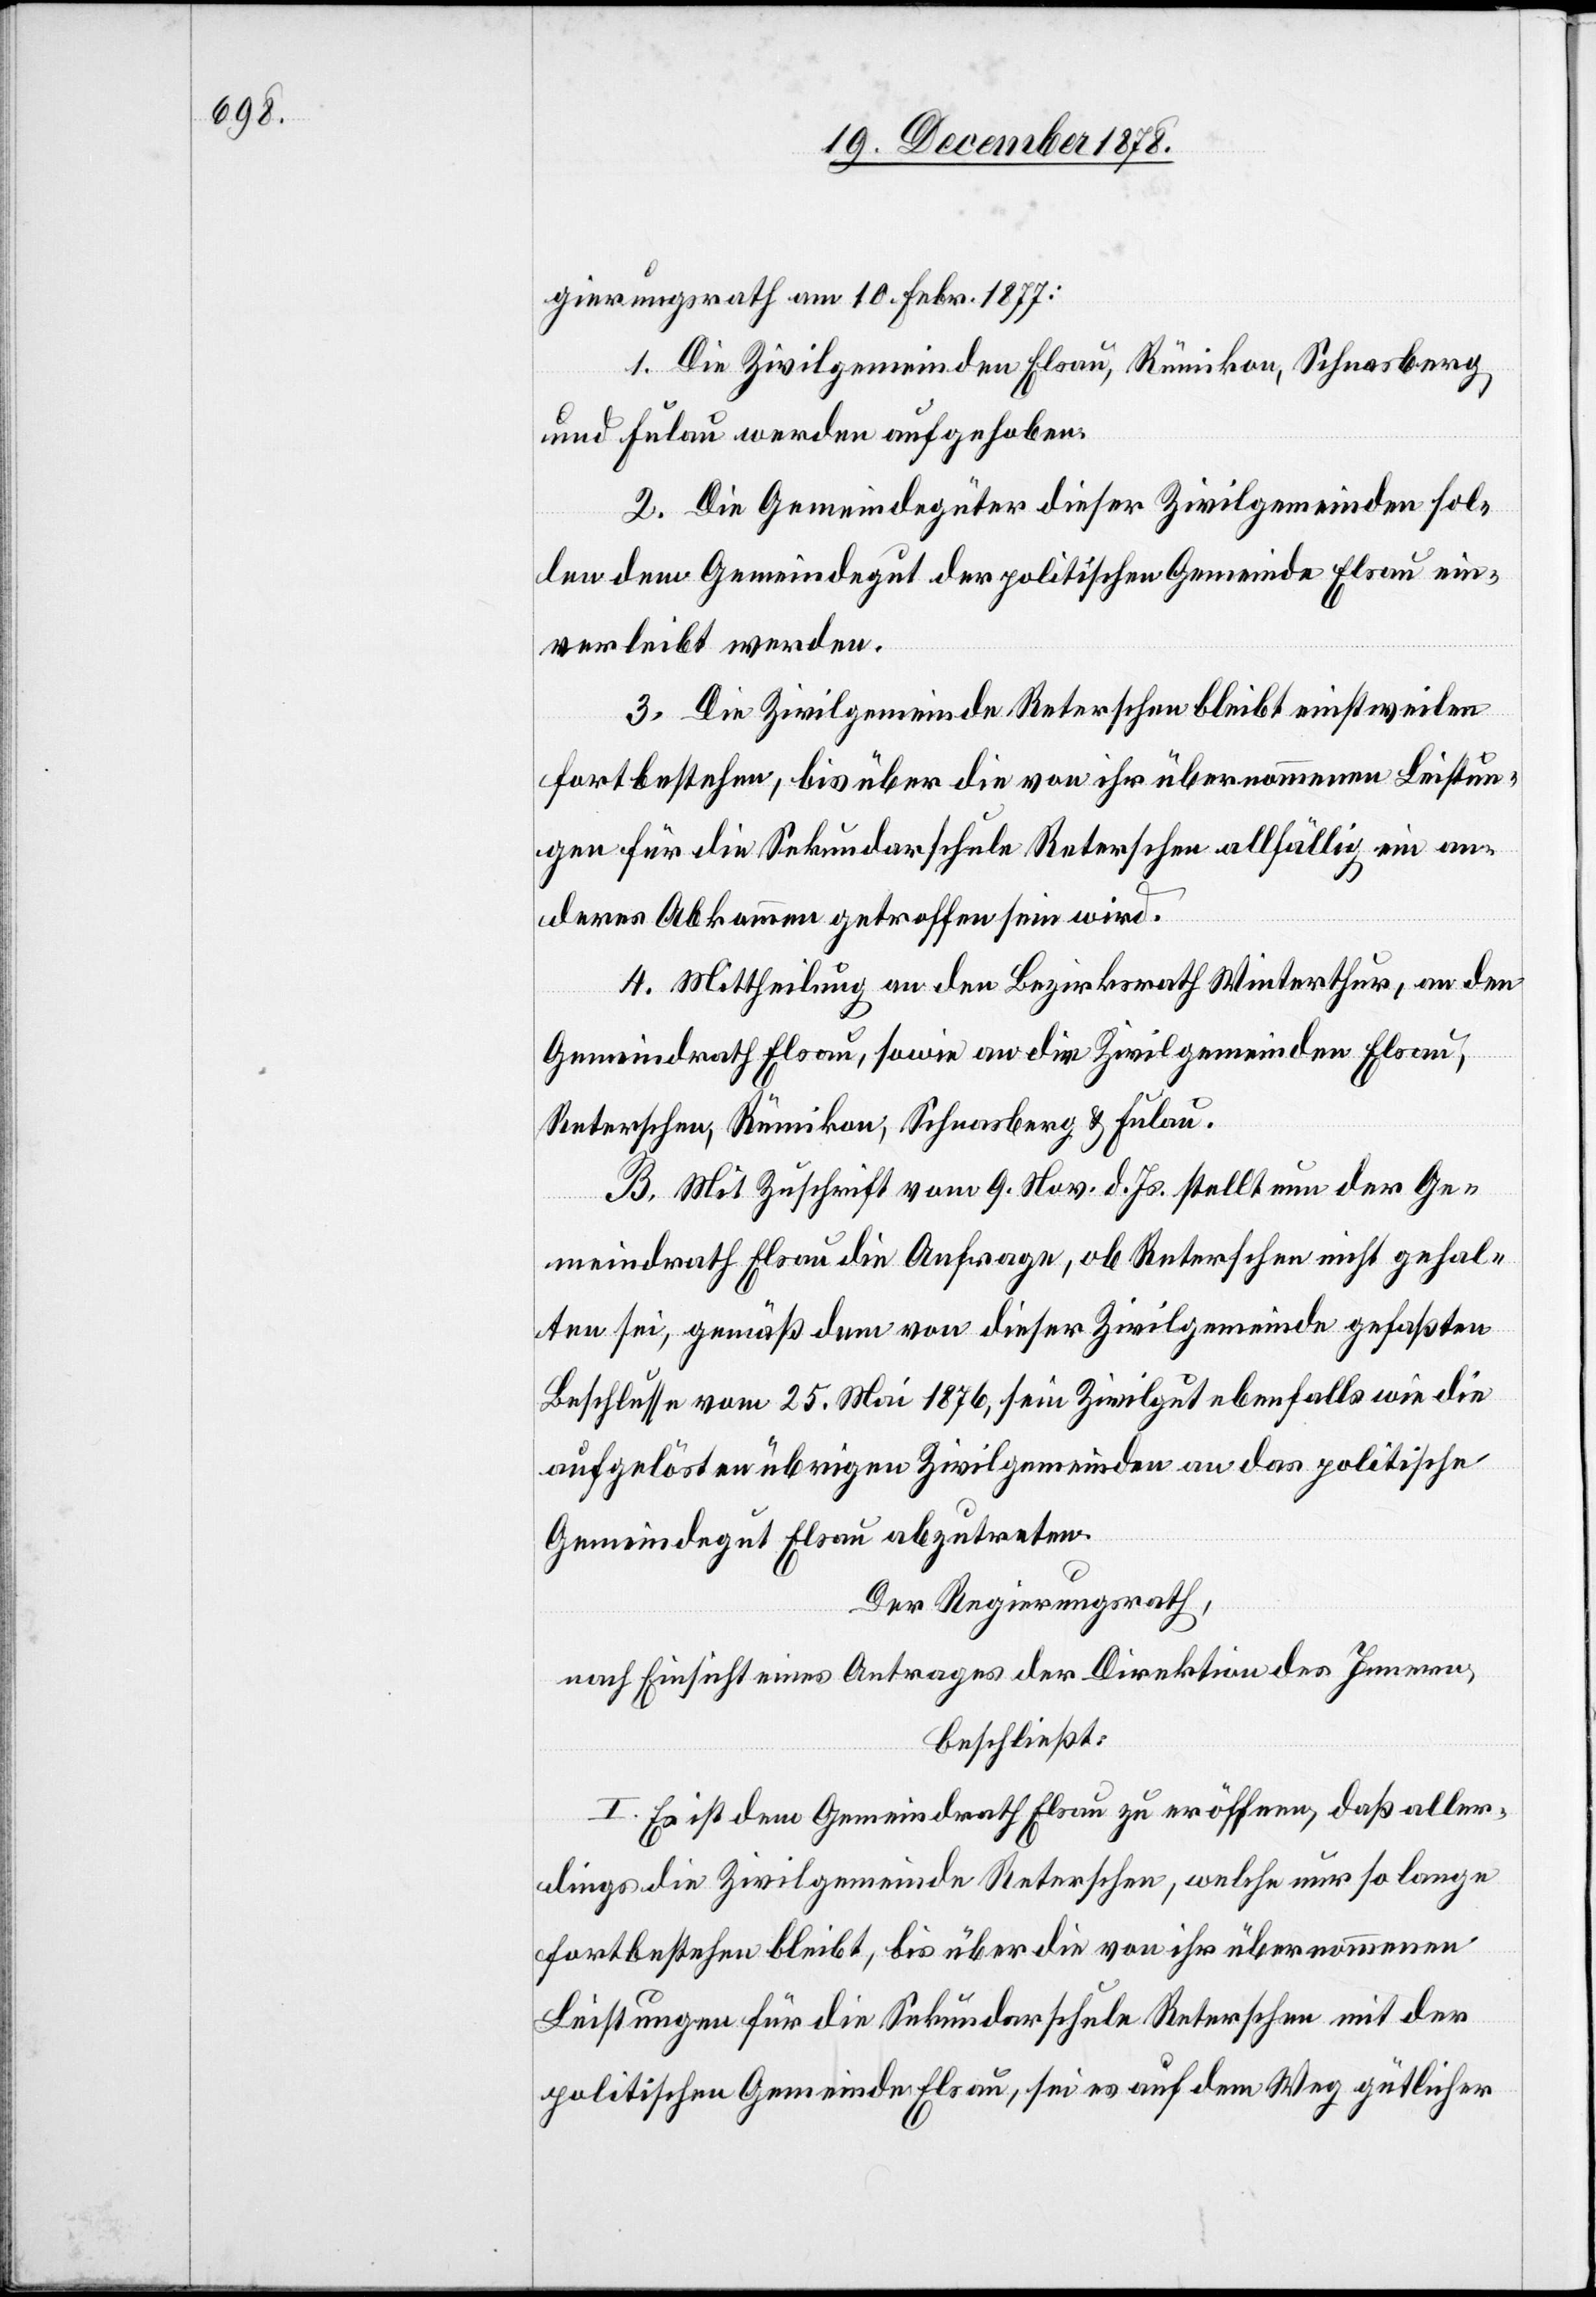
gierungsrath am 10. Febr. 1877:
1. Die Zivilgemeinden Elsau, Rükikon, Schnasberg
und Fulau werden aufgehoben.
2. Die Gemeindegüter dieser Zivilgemeinden sol¬
len dem Gemeindegut der politischen Gemeinde Elsau ein¬
verleibt werden.
3. Die Zivilgemeinde Reterschen bleibt einstweilen
fortbestehen, bis über die von ihr übernommenen Leistun¬
gen für die Sekundarschule Reterschen allfällig ein an¬
deres Abkommen getroffen sein wird.
4. Mittheilung an den Bezirksrath Winterthur, an den
Gemeindrath Elsau, sowie an die Zivilgemeinden Elsau,
Reterschen, Rümikon, Schnasberg & Fulau.
B. Mit Zuschrift vom 9. Nov. d. Js. stellt nun der Ge¬
meindrath Elsau die Anfrage, ob Reterschen nicht gehal¬
ten sei, gemäß dem von dieser Zivilgemeinde gefaßten
Beschlusse vom 25. Mai 1876, sein Zivilgut ebenfalls wie die
aufgelösten übrigen Zivilgemeinden an das politische
Gemeindegut Elsau abzutreten.
Der Regierungsrath,
nach Einsicht eines Antrages der Direktion des Innern,
beschließt:
I. Es ist dem Gemeindrath Elsau zu eröffnen, daß aller¬
dings die Zivilgemeinde Reterschen, welche nur so lange
fortbestehen bleibt, bis über die von ihr übernommenen
Leistungen für die Sekundarschule Reterschen mit der
politischen Gemeinden Elsau, sei es auf dem Weg gütlicher